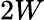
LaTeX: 2W